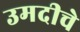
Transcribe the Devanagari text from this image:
उमदीचे